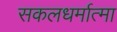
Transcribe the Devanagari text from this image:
सकलधर्मात्मा